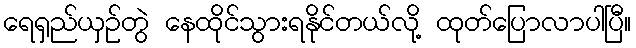
ရေရှည်ယှဉ်တွဲ နေထိုင်သွားရနိုင်တယ်လို့ ထုတ်ပြောလာပါပြီ။